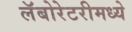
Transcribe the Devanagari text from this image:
लॅबोरेटरीमध्ये